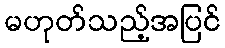
မဟုတ်သည့်အပြင်